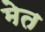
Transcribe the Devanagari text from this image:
मेत